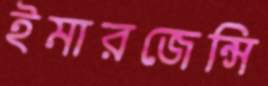
ইমারজেন্সি